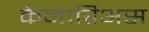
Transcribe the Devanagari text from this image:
कैनारिअस